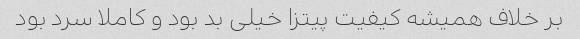
بر خلاف همیشه کیفیت پیتزا خیلی بد بود و کاملا سرد بود